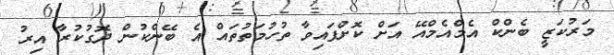
މަރުކަޒީ ބެންކް އެމްއެމްއޭ އަށް ކޮށްފައިވާ ތުހުމަތުތައް އެ ބޭންކުން ދޮގުކުރާ އިރު